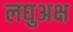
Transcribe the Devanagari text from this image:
लघुअक्ष